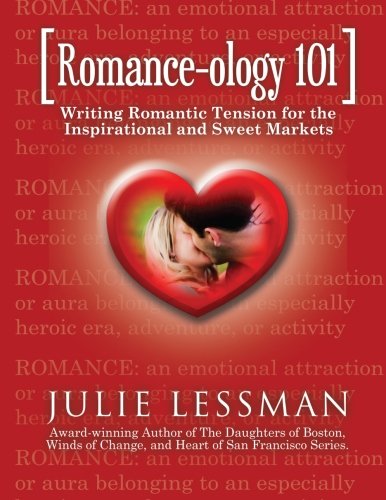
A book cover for ROMANCE-ology 101: Writing Romantic Tension for the Inspirational and Sweet Markets; Mrs. Julie A. Lessman; Romance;